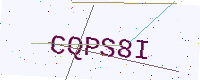
Text: CQPS8I